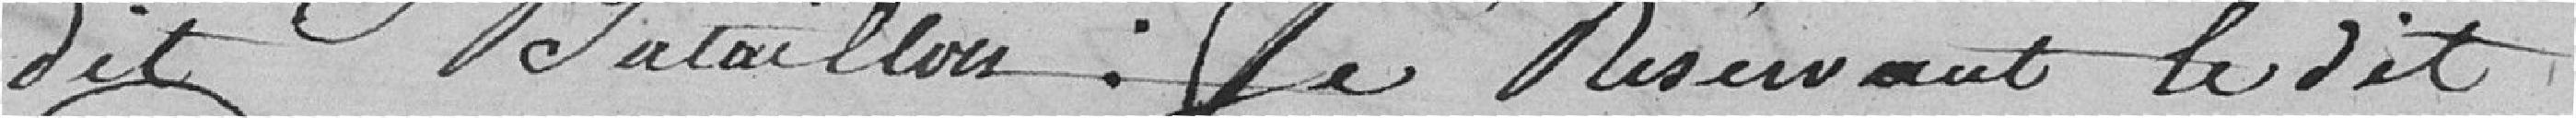
dit Bataillon : Se Réservant le dit